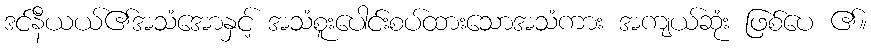
ဒင်နီယယ်၏အသံအောနှင့် အသံစူးပေါင်းစပ်ထားသောအသံကား အကျယ်ဆုံး ဖြစ်ပေ ၏။